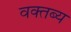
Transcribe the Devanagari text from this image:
वक्‍तब्‍य